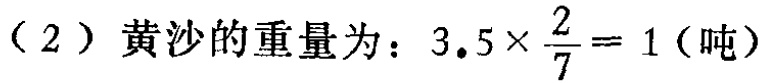
（2）黄沙的重量为：\(3.5\times\frac{2}{7}=1\)（吨）